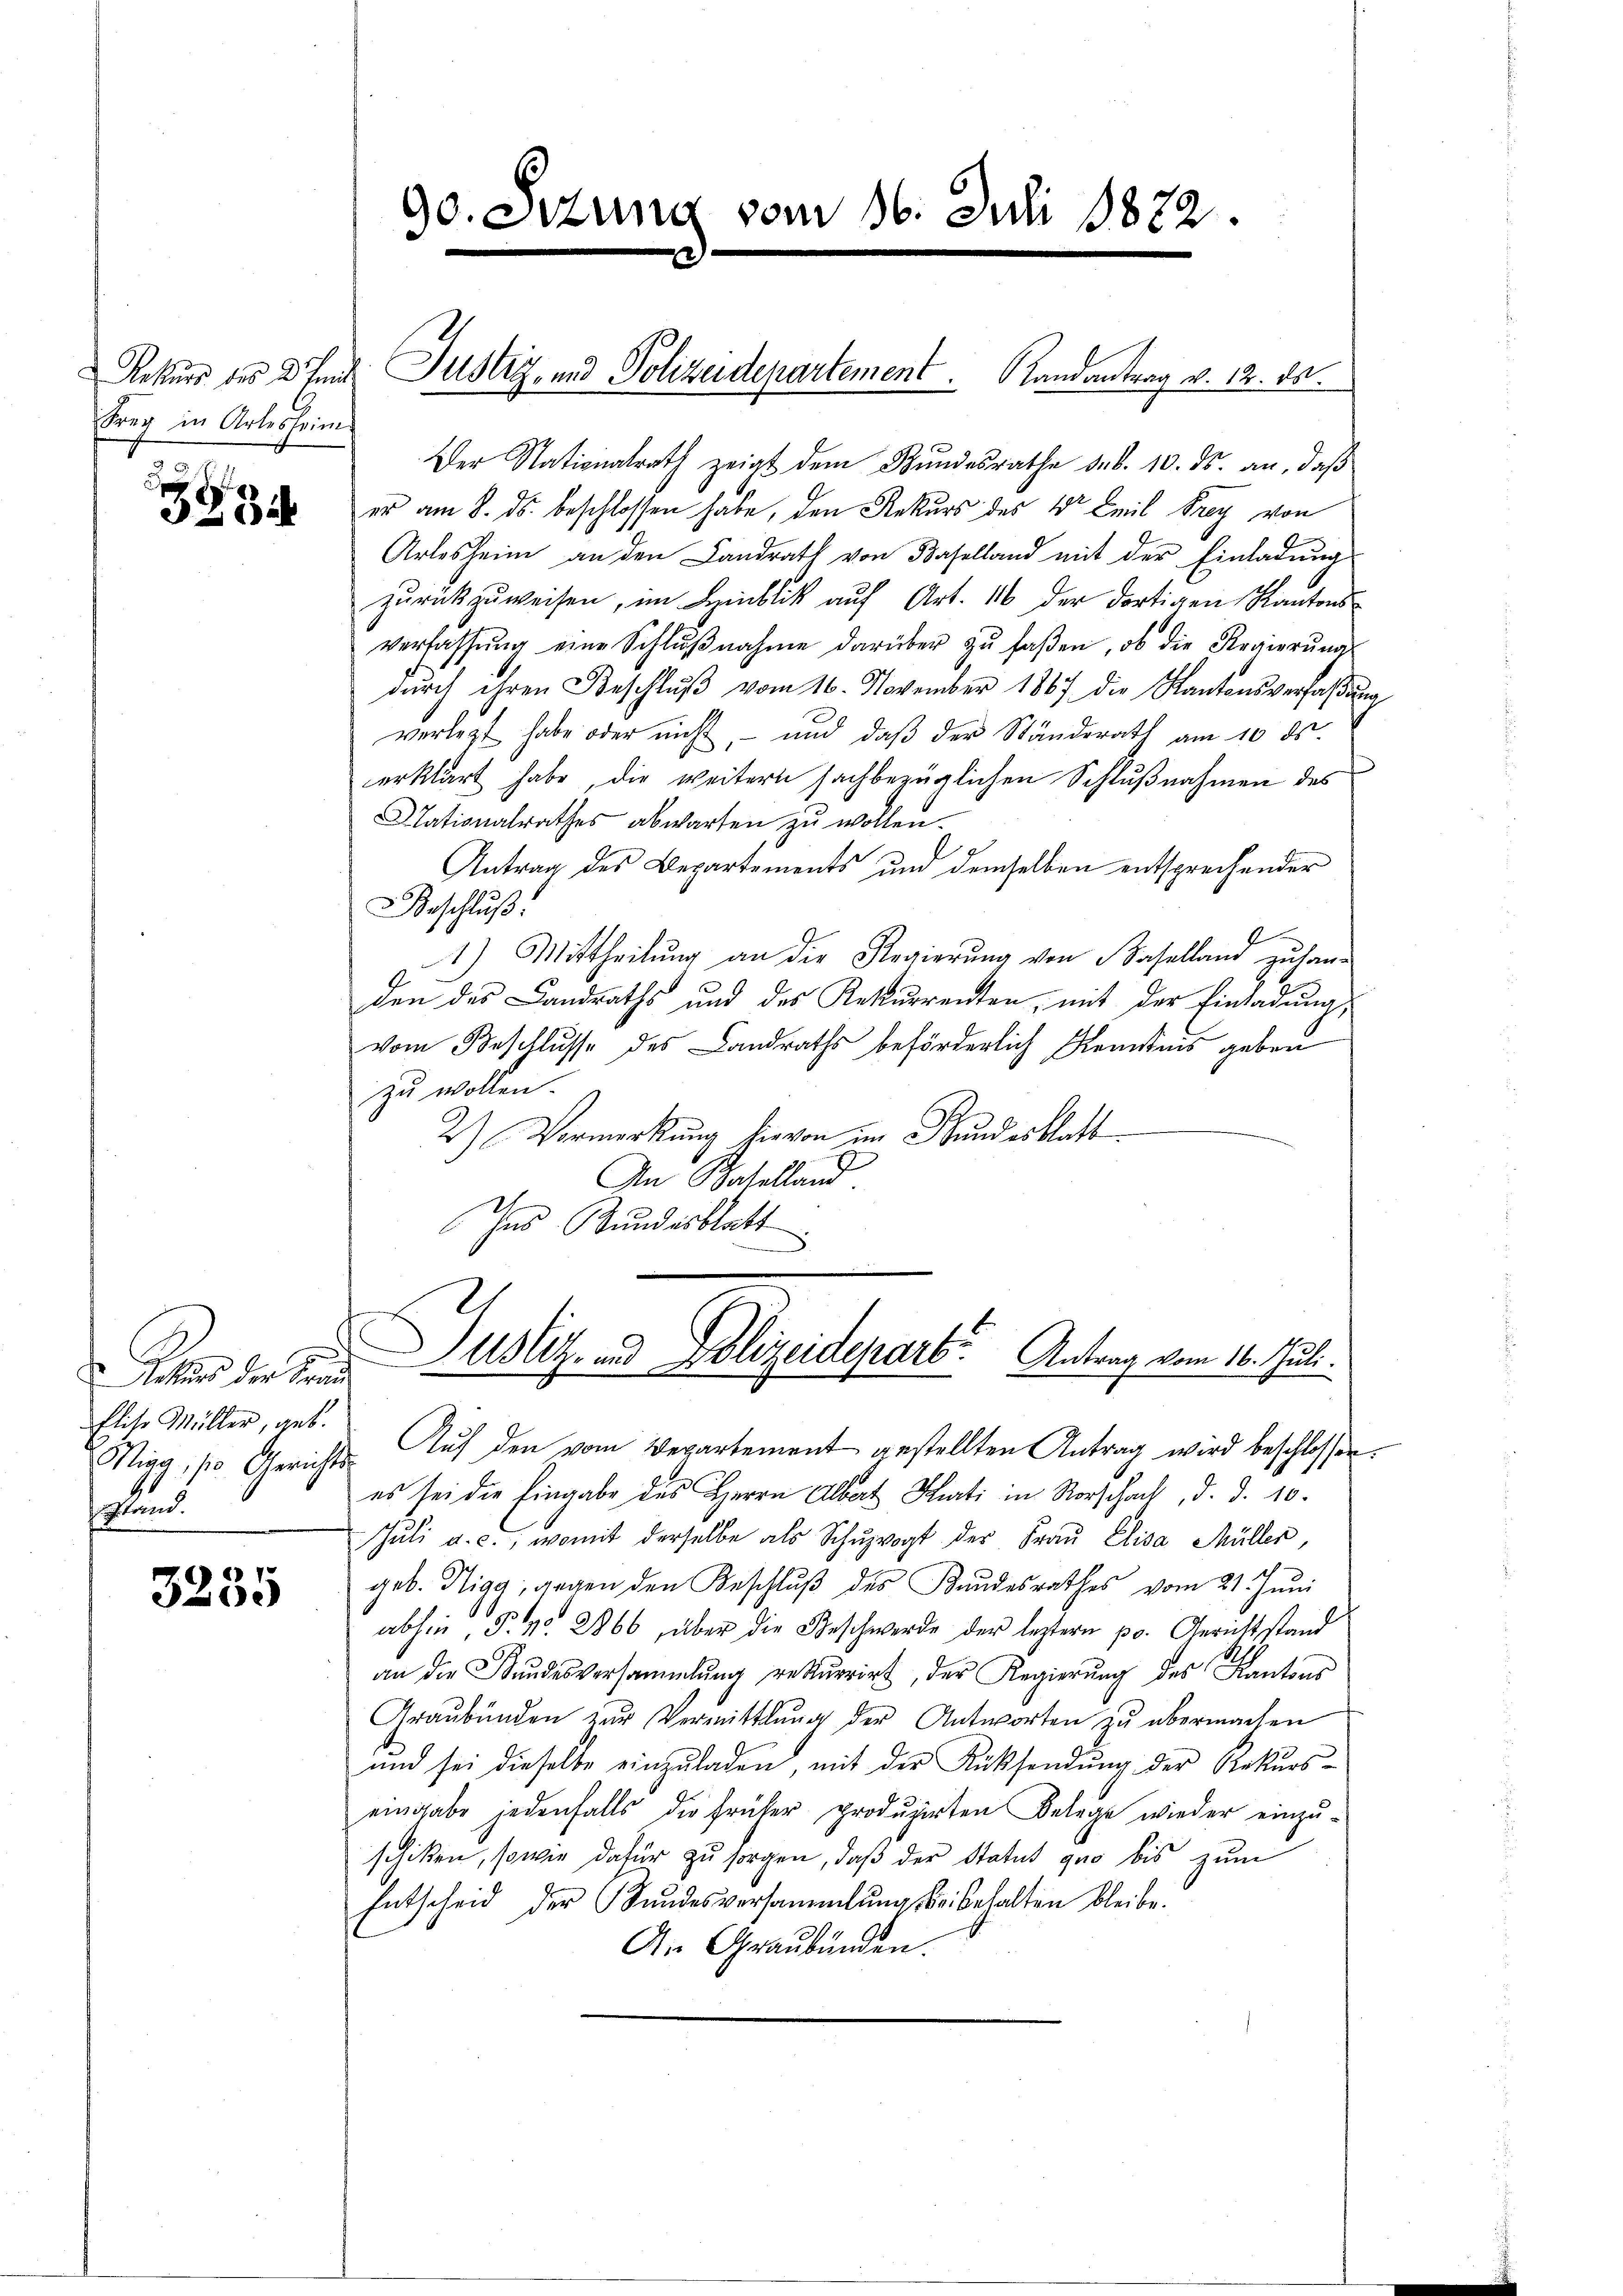
Rekurs des 2. Land
Freg in Arlesheim

234

die Red
Elise Müller, geb.
Wigg, so Gerichts
sland.

3235

Der Nationalrath zeigt dem Bundesrathe sub. 10. ds. an, daß
er am 8. ds. beschlossen habe, den Rekurs des Dr Emil Frey von
Arlesheim an den Landrath von Baselland mit der Einladung
zŭrückzuweisen, im Hinblik auf Art. 116 der dortigen Kantons
verfassŭng eine Schlŭβnahme darüber zŭ faßen, ob die Regierŭng
durch ihren Beschlŭβ vom 16. November 1867 die Kantonsverfaßung
verlegt habe oder nicht, – und daß der Ständerath am 10. ds.
erklärt habe, die weitern sachbezüglichen Schlußnahmen des
Nationalrathes abwarten zu wollen.
Antrag des Departements und demselben entsprechender
Beschluß:
4
1) Mittheilung an die Regierung von Baselland zu handen des Landraths und des Rekurrenten, mit der Einladung,
vom Beschlusse des Landraths beförderlich Kenntnis geben
zu wollen.
2) Vormerkung hievon im Bundesblatt
An Baselland.
2
Ins Bundesblatt
Justiz- und Polizeidepart. Antrag vom 16. Juli.
Auf den vom Departement gestellten Antrag wird beschlossen:
es sei die Eingabe des Herrn Albat Hurti in Rorschach, d. d. 10.
Jŭli a. c., womit derselbe als Schŭzvogt der Fraŭ Elisa Müller,
geb. Sigg, gegen den Beschlŭβ des Kŭndesrathes vom 21. Jŭni
abhin P. No 2866, über die Beschwerde der leztern pr. Gerichtstand
an die Kundesversammlung rekurrirt, der Regierŭng des Kantons
Graubünden zur Vermittlung der Antworten zu übermachen
und sei dieselbe einzŭladen, mit der Rücksendŭng der Rekŭrs-
eingabe jedenfalls die früher produzirten Belege wieder einzu-
schiken, sowie dafür zŭ sorgen, daβ der Statut quo bis zum
Entscheid der Bundesversammlung beibehalten bleibe.
An Graubünden.

90. etzung vom 16. Juli 1872.
.

Justiz- und Polizeidepartement. Landantrag v. 12. ds.